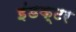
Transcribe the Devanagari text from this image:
इंडक्टर